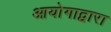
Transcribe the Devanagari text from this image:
आयोगाद्वारा